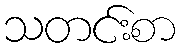
သတင်းစာ